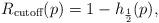
LaTeX: \begin{align*}R_{\textrm{cutoff}}(p) = 1-h_{\frac{1}{2}}(p),\end{align*}